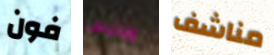
فون ويليس مناشف